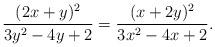
LaTeX: \begin{align*} \frac{(2x+y)^2}{3y^2-4y+2}=\frac{(x+2y)^2}{3x^2-4x+2}. \end{align*}